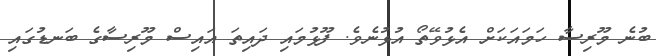
ބުނެ މޫރިސާ ހަމައަކަށް އެޅުވޭތޯ އުޅުނެވެ. ފޫޅުމައި ދައިތަ އައިސް މޫރިސާގެ ބަނޑުގައި